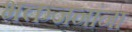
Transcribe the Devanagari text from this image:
भक्तजनांना